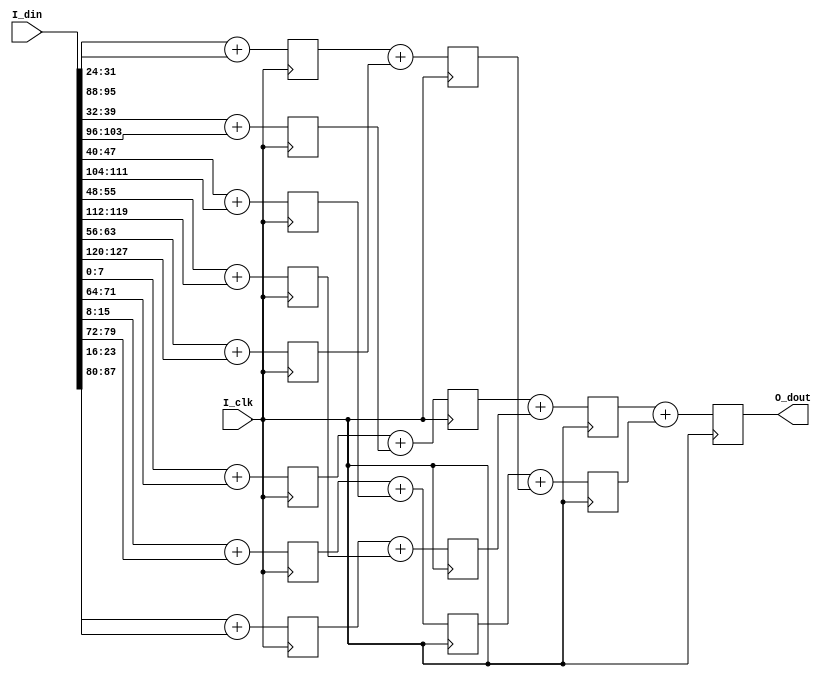
module iemem_sum #(
parameter 
    C_IEMEM_WIDTH =  128, 
    C_SPLIT_WIDTH =    8,
    C_DATA_WIDTH  =   12 
    )(
input                               I_clk   ,
input       [     C_IEMEM_WIDTH-1:0]I_din   ,
output reg  [      C_DATA_WIDTH-1:0]O_dout  
);

localparam C_SPLIT_NUM = C_IEMEM_WIDTH/C_SPLIT_WIDTH  ;

genvar idx;

////////////////////////////////////////////////////////////////////////////////////////////////////
// initial  
////////////////////////////////////////////////////////////////////////////////////////////////////

wire [C_SPLIT_WIDTH-1:0]S_data_tmp[0:C_SPLIT_NUM-1];

generate
    begin:iemem_data_tmp_initial
        for(idx=0;idx<C_SPLIT_NUM;idx=idx+1)begin
            assign S_data_tmp[idx]   = I_din[(idx+1)*C_SPLIT_WIDTH-1:idx*C_SPLIT_WIDTH];
        end
    end
endgenerate

////////////////////////////////////////////////////////////////////////////////////////////////////
// S_data_tmp_t1  
////////////////////////////////////////////////////////////////////////////////////////////////////

reg [C_SPLIT_WIDTH:0]S_data_tmp_t1[0:C_SPLIT_NUM/2-1];//8

generate
    begin:iemem_data_tmp_t1
        for(idx=0;idx<C_SPLIT_NUM/2;idx=idx+1)begin
            always @(posedge I_clk)begin
                S_data_tmp_t1[idx] <= S_data_tmp[idx] + S_data_tmp[idx+C_SPLIT_NUM/2] ;
            end
        end
    end
endgenerate

////////////////////////////////////////////////////////////////////////////////////////////////////
// S_data_tmp_t2
////////////////////////////////////////////////////////////////////////////////////////////////////

reg  [C_SPLIT_WIDTH+1:0]S_data_tmp_t2[0:C_SPLIT_NUM/4-1];//4

generate
    begin:iemem_data_tmp_t2
        for(idx=0;idx<C_SPLIT_NUM/4;idx=idx+1)begin
            always @(posedge I_clk)begin
                S_data_tmp_t2[idx] <= S_data_tmp_t1[idx] + S_data_tmp_t1[idx+C_SPLIT_NUM/4] ;
            end
        end
    end
endgenerate

////////////////////////////////////////////////////////////////////////////////////////////////////
// S_data_tmp_t3
////////////////////////////////////////////////////////////////////////////////////////////////////

reg  [C_SPLIT_WIDTH+2:0]S_data_tmp_t3[0:C_SPLIT_NUM/8-1];//2

generate
    begin:iemem_data_tmp_t3
        for(idx=0;idx<C_SPLIT_NUM/8;idx=idx+1)begin
            always @(posedge I_clk)begin
                S_data_tmp_t3[idx] <= S_data_tmp_t2[idx] + S_data_tmp_t2[idx+C_SPLIT_NUM/8] ;
            end
        end
    end
endgenerate

always @(posedge I_clk)begin
    O_dout <= S_data_tmp_t3[0]+S_data_tmp_t3[1]   ;
end

////////////////////////////////////////////////////////////////////////////////////////////////////
//                                                                                                
//    __    __    __    __    __    __    __    __    __    __    __    __    __    __    __    __
// __|  |__|  |__|  |__|  |__|  |__|  |__|  |__|  |__|  |__|  |__|  |__|  |__|  |__|  |__|  |__|  
//                                                                                                
//                                                                                                
////////////////////////////////////////////////////////////////////////////////////////////////////

////////////////////////////////////////////////////////////////////////////////////////////////////
//        u0_wptr_full                                                                           
////////////////////////////////////////////////////////////////////////////////////////////////////

endmodule